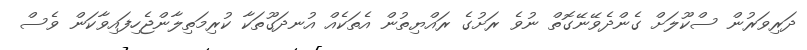
ދަރިވަރުން ސްކޫލަށް ގެންދެވޭނޭގޮތް ނުވެ ރަށުގެ ރައްޔިތުން އެތަކެއް އުނދަގޫތަކާ ކުރިމަތިލާންޖެހިފައިވާކަން ވެސް